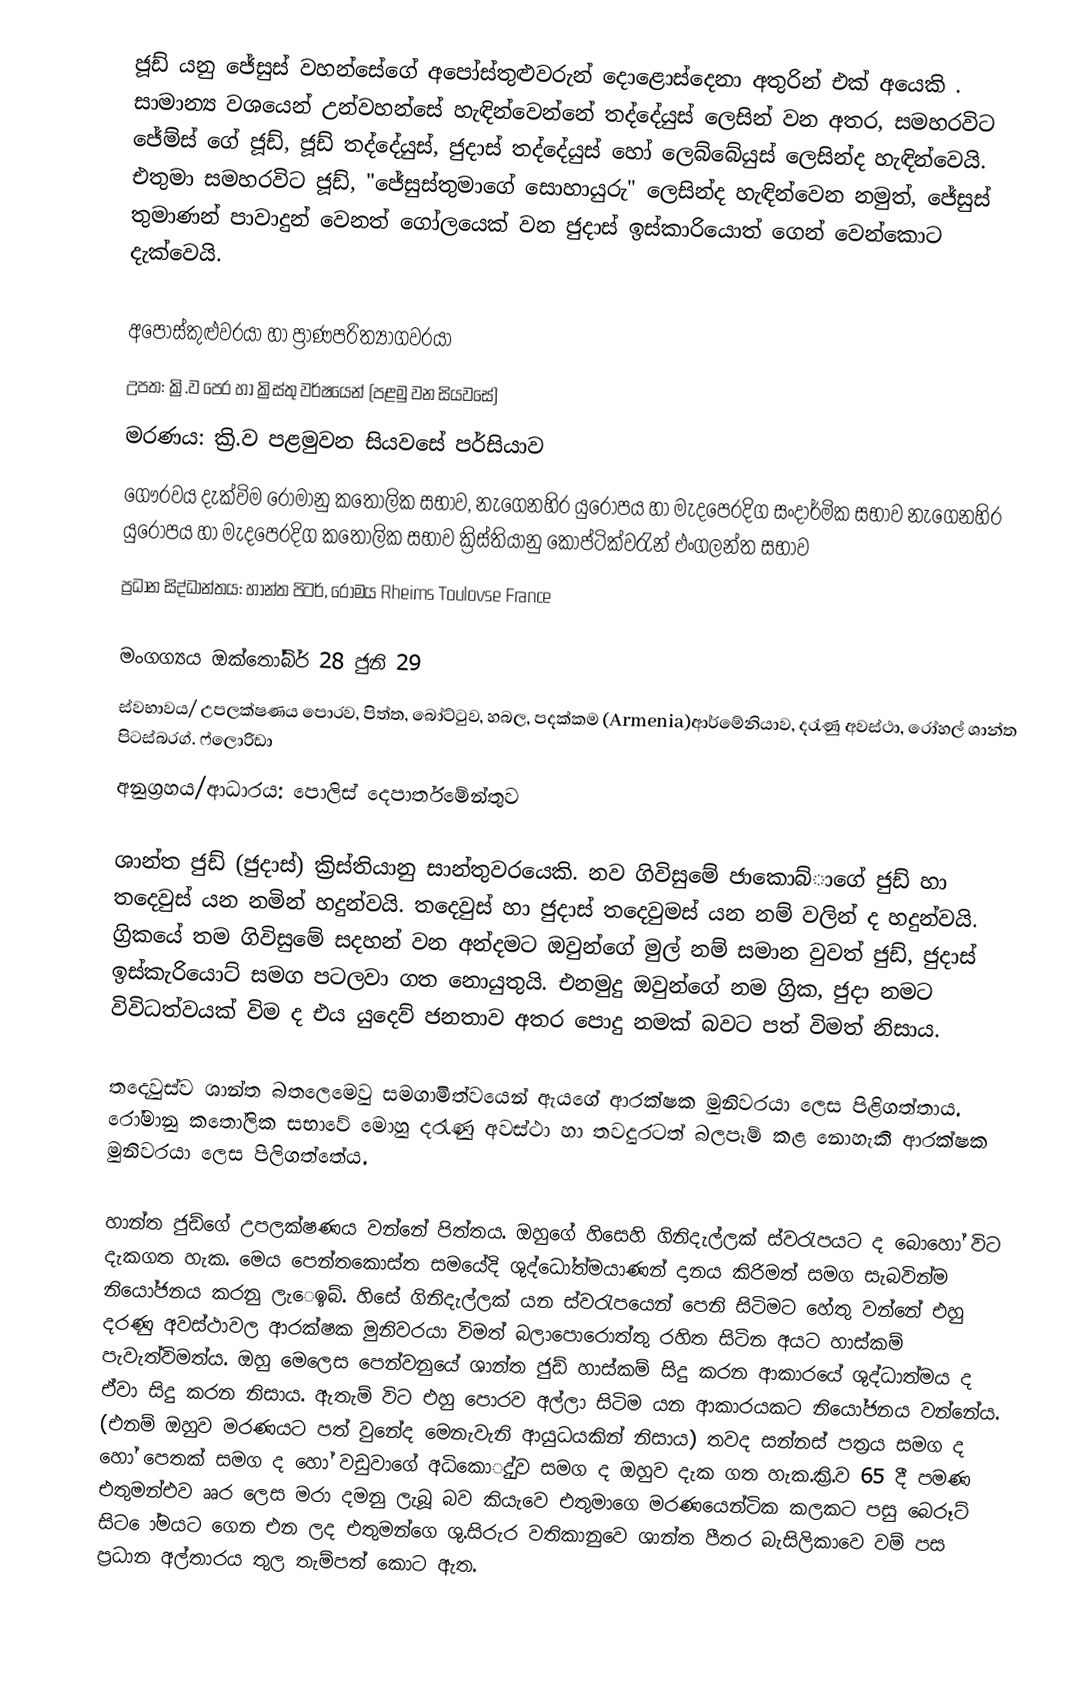
ජූඩ් යනු ජේසුස් වහන්සේගේ අපෝස්තුළුවරුන් දොළොස්දෙනා අතුරින් එක් අයෙකි . සාමාන්‍ය වශයෙන් උන්වහන්සේ හැඳින්වෙන්නේ තද්දේයුස් ලෙසින් වන අතර, සමහරවිට ජේම්ස් ගේ ජූඩ්, ජූඩ් තද්දේයුස්, ජුදාස් තද්දේයුස් හෝ ලෙබ්බේයුස් ලෙසින්ද හැඳින්වෙයි. එතුමා සමහරවිට ජූඩ්, "ජේසුස්තුමාගේ සොහායුරු" ලෙසින්ද හැඳින්වෙන නමුත්, ජේසුස් තුමාණන් පාවාදුන් වෙනත් ගෝලයෙක් වන ජුදාස් ඉස්කාරියොත් ගෙන් වෙන්කොට දැක්වෙයි.

අපොස්කුළුවරයා හා ප්‍රාණපරිත්‍යාගවරයා
උපත: ක්‍රි.ව පෙර හා ක්‍රිස්තු වර්ෂයෙන් (පළමු වන සියවසේ)
මරණය:  ක්‍රි.ව පළමුවන සියවසේ පර්සියාව
ගෞරවය දැක්විම රෝමානු කතෝලික සභාව, නැගෙනහිර යුරෝපය හා මැදපෙරදිග සංදාර්මික සභාව නැගෙනහිර යුරෝපය හා මැදපෙරදිග  කතෝලික සභාව ක්‍රිස්තියානු කොප්ටික්වරැන්  එංගලන්ත සභාව
ප්‍රධාන ‍සිද්ධාන්තය: හාන්ත පිටර්, රෝමය Rheims Toulovse France

මංගග්‍යය ඔක්තෝබ්ර් 28 ජුනි 29
ස්වභාවය/ උපලක්ෂණය පොරව, පිත්ත, බෝට්ටුව, හබල, පදක්කම  (Armenia)ආර්මේනියාව, දරැණු අවස්ථා, රෝහල් ශාන්ත පිටස්බරග්. ෆ්ලොරිඩා
අනුග්‍රහය/ආධාරය: පොලිස් දෙපාර්තමේන්තුව

ශාන්ත ජු‍ඩ් (ජුදාස්) ක්‍රිස්තියානු සාන්තුවරයෙකි. නව ගිවිසුමේ ජාකොබ්ාගේ ජුඩ් හා තදෙවුස් යන නමින් හදුන්වයි. තදෙවුස් හා ජුදාස් තදෙවුමස් යන නම් වලින් ද හදුන්වයි. ග්‍රික‍යේ තම ගිවිසුමේ සදහන් වන අන්දමට ඔවුන්ගේ මුල් නම් සමාන වුවත් ජුඩ්, ජුදාස් ඉස්කැරියොට් සමග පටලවා ගත නොයුතුයි. එනමුදු ඔවුන්ගේ නම ග්‍රික, ජුදා නමට විවිධත්වයක් විම ද එය යුදෙව් ජනතාව අතර පොදු නමක් බවට පත් විමත් නිසාය.

තදෙවුස්ව ශාන්ත බතලෙමෙවු සමගාමිත්වයෙන් ඇයගේ ආරක්ෂක මුනිවරයා ලෙස පිළිගත්තාය. රෝමානු කතෝලික සභාවේ මොහු දරැණු අවස්ථා හා තවදුරටත් බලපෑම් කළ නොහැකි ආරක්ෂක මුනිවරයා ලෙස පිලිගත්තේය.

හාන්ත ජුඩ්ගේ උපලක්ෂණය වන්නේ පිත්තය. ඔහුගේ හිසෙහි ගිනිදැල්ලක් ‍ස්වරැපයට ද බොහෝ විට දැකගත හැක. මෙය පෙන්තකොස්ත සමයේදි ශුද්ධෝත්මයාණන් දානය කිරිමත් සමග සැබවින්ම නියෝජනය කරනු ලැ‍ෙඉබ්. හිසේ ගිනිදැල්ලක් යන ස්වරැපයෙන් පෙනි සිටිමට හේතු වන්නේ එහු දරණු අවස්ථාවල ආරක්ෂක මුනිවරයා විමත් බලාපොරොත්තු රහිත සිටින අයට හාස්කම් පැවැත්විමත්ය. ඔහු මෙලෙස පෙන්වනුයේ ශාන්ත ජුඩ් හාස්කම් සිදු කරන ආකාරයේ ශුද්ධාත්මය ද ඒවා සිදු කරන නිසාය. ඇතැම් විට එහු පොරව අල්ලා සිටිම යන ආකාරයකට නියෝජනය වන්නේය. (එනම් ඔහුව මරණයට පත් වුනේද මෙනැවැනි ආයුධයකින් නිසාය) තවද සන්නස් පත්‍රය සමග ද හෝ පෙතක් සමග ද හෝ වඩුවාගේ අධිකොුද්ව සමග ද ඔහුව දැක ගත හැක.ක්‍රි.ව 65 දී පමණ එතුමන්එව ෲර ලෙස මරා දමනු ලැබූ බව කියැවෙ එතුමාගෙ මරණයෙන්ටික කලකට පසු බෙරූට් සිට ෝමයට ගෙන එන ලද එතුමන්ගෙ ශු.සිරුර වතිකානුවෙ ශාන්ත පීතර බැසිලිකාවෙ වම් පස ප්‍රධාන අල්තාරය තුල තැම්පත් කොට ඇත.